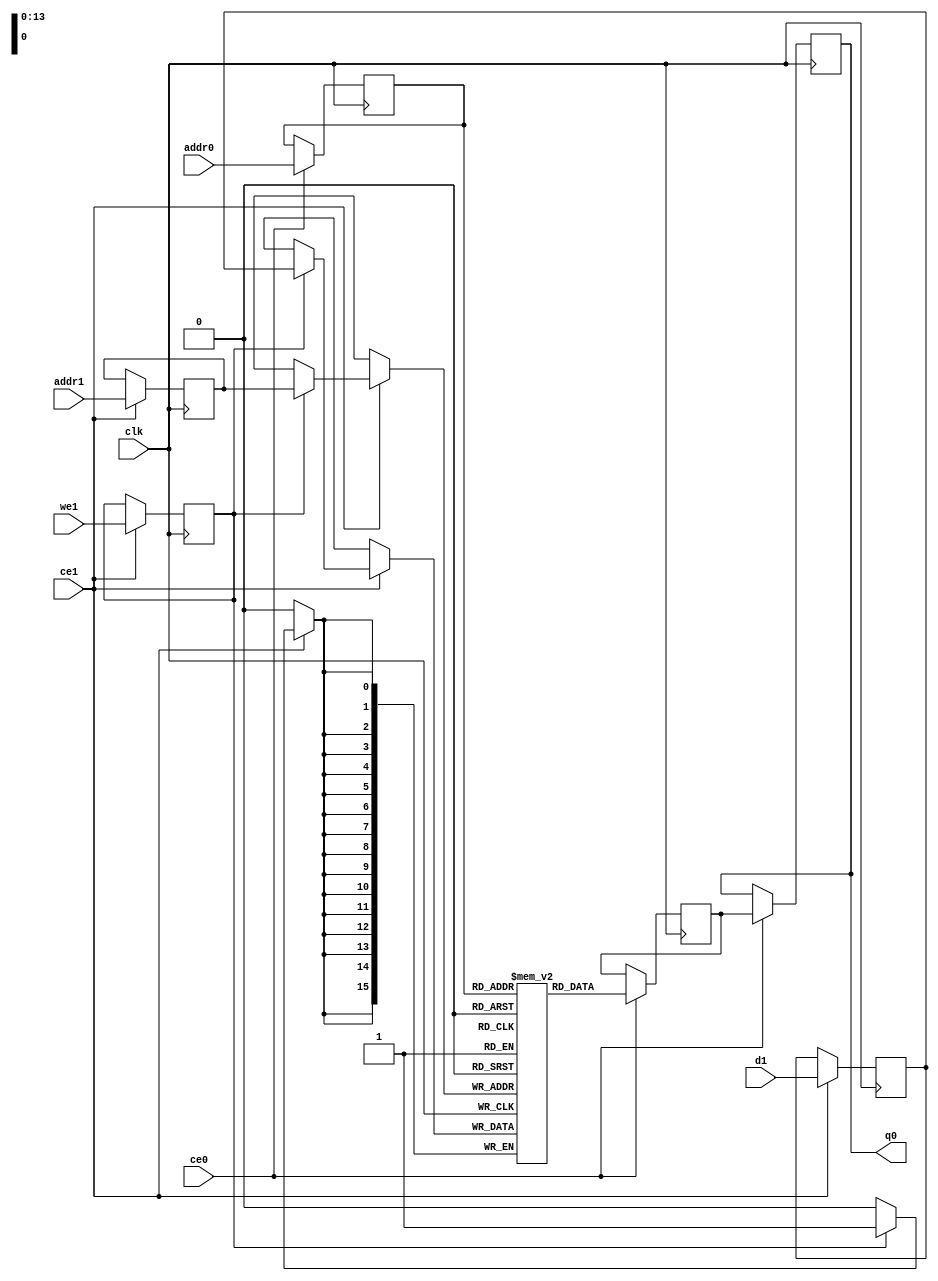
`define EXPONENT 5
`define MANTISSA 10
`define ACTUAL_MANTISSA 11
`define EXPONENT_LSB 10
`define EXPONENT_MSB 14
`define MANTISSA_LSB 0
`define MANTISSA_MSB 9
`define MANTISSA_MUL_SPLIT_LSB 3
`define MANTISSA_MUL_SPLIT_MSB 9
`define SIGN 1
`define SIGN_LOC 15
`define DWIDTH (`SIGN+`EXPONENT+`MANTISSA)
`define IEEE_COMPLIANCE 1

module td_fused_top_tdf9_filters_ram (addr0, ce0, q0, addr1, ce1, d1, we1,  clk);

parameter DWIDTH = 16;
parameter AWIDTH = 14;
parameter MEM_SIZE = 16384;

input[AWIDTH-1:0] addr0;
input ce0;
output wire[DWIDTH-1:0] q0;
input[AWIDTH-1:0] addr1;
input ce1;
input[DWIDTH-1:0] d1;
input we1;
input clk;

 reg [DWIDTH-1:0] ram[MEM_SIZE-1:0];
wire [AWIDTH-1:0] addr0_t0; 
reg [AWIDTH-1:0] addr0_t1; 
reg [DWIDTH-1:0] q0_t0;
reg [DWIDTH-1:0] q0_t1;
wire [AWIDTH-1:0] addr1_t0; 
reg [AWIDTH-1:0] addr1_t1; 
wire [DWIDTH-1:0] d1_t0; 
wire we1_t0; 
reg [DWIDTH-1:0] d1_t1; 
reg we1_t1; 


assign addr0_t0 = addr0;
assign q0 = q0_t1;
assign addr1_t0 = addr1;
assign d1_t0 = d1;
assign we1_t0 = we1;

always @(posedge clk)  
begin
    if (ce0) 
    begin
        addr0_t1 <= addr0_t0; 
        q0_t1 <= q0_t0;
    end
    if (ce1) 
    begin
        addr1_t1 <= addr1_t0; 
        d1_t1 <= d1_t0;
        we1_t1 <= we1_t0;
    end
end


always @(posedge clk)  
begin 
    if (ce0) begin
        q0_t0 <= ram[addr0_t1];
    end
end


always @(posedge clk)  
begin 
    if (ce1) begin
        if (we1_t1) 
            ram[addr1_t1] <= d1_t1; 
    end
end


endmodule